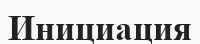
Инициация